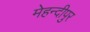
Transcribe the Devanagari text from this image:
मेहन्दीपुर